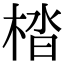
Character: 㭼